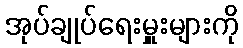
အုပ်ချုပ်ရေးမှူးများကို